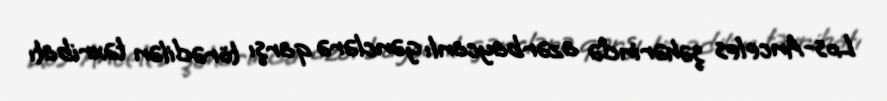
Los-Anceles şəhərində azərbaycanlı gənclərə qarşı törədilən təxribatı